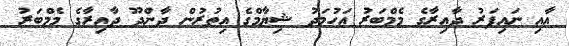
އާއި ނައިފަރު ދާއިރާގެ މެމްބަރު އަހުމަދު ޝިޔާމްގެ އިތުރުން ދާންދޫ ދާއިރާގެ މެމްބަރު